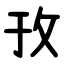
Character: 㪀